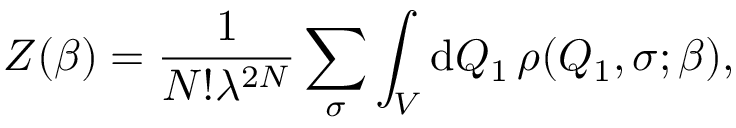
Z ( \beta ) = \frac { 1 } { N ! \lambda ^ { 2 N } } \sum _ { \sigma } \int _ { V } { \mathrm { d } } Q _ { 1 } \, \rho ( Q _ { 1 } , \sigma ; \beta ) ,